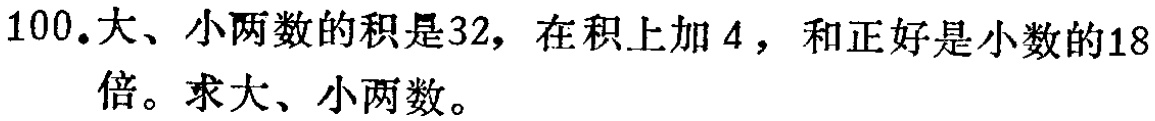
100.大、小两数的积是32，在积上加4，和正好是小数的18倍。求大、小两数。